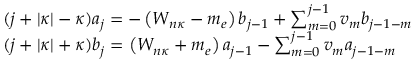
\begin{array} { r l } & { ( j + \left| \kappa \right| - \kappa ) a _ { j } = - \left( W _ { n \kappa } - m _ { e } \right) b _ { j - 1 } + \sum _ { m = 0 } ^ { j - 1 } v _ { m } b _ { j - 1 - m } } \\ & { ( j + \left| \kappa \right| + \kappa ) b _ { j } = \left( W _ { n \kappa } + m _ { e } \right) a _ { j - 1 } - \sum _ { m = 0 } ^ { j - 1 } v _ { m } a _ { j - 1 - m } } \end{array}